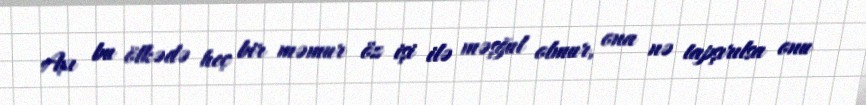
Axı bu ölkədə heç bir məmur öz işi ilə məşğul olmur, ona nə tapşırılsa onu